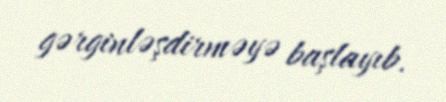
gərginləşdirməyə başlayıb.